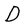
Character: D